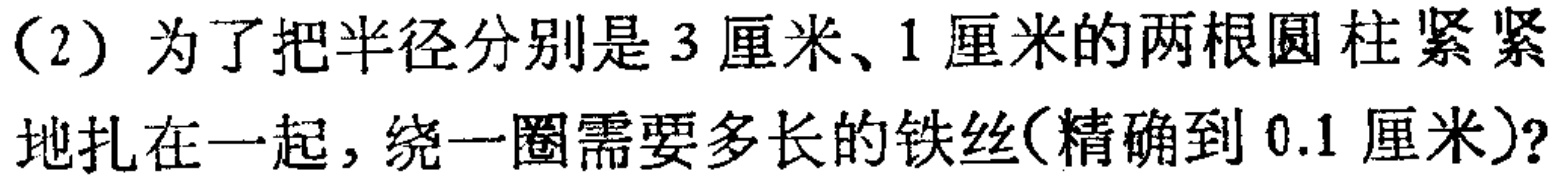
(2) 为了把半径分别是 \(3\) 厘米、\(1\) 厘米的两根圆柱紧紧地扎在一起，绕一圈需要多长的铁丝(精确到 \(0.1\) 厘米)?